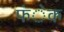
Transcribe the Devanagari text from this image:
फंेक